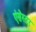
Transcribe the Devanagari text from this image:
एंसेस्टर